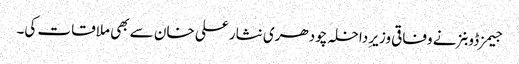
جیمز ڈوبنز نے وفاقی وزیرِ داخلہ چودھری نثار علی خان سے بھی ملاقات کی۔